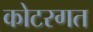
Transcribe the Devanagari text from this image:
कोटरगत